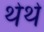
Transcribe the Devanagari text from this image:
थेथे